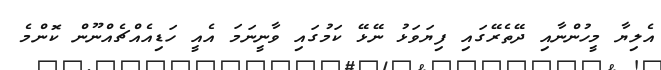
އެލިޔާ މީހުންނާއި ދޭތެރޭގައި ފިޔަވަޅު ނޭޅޭ ކަމުގައި ވާނީނަމަ އެއީ ހަޑިއެއްޗެއްނޫން ކޮންމެ